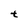
Character: t